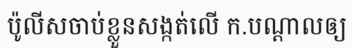
ប៉ូលីសចាប់ខ្លួនសង្កត់លើ ក.បណ្តាលឲ្យ